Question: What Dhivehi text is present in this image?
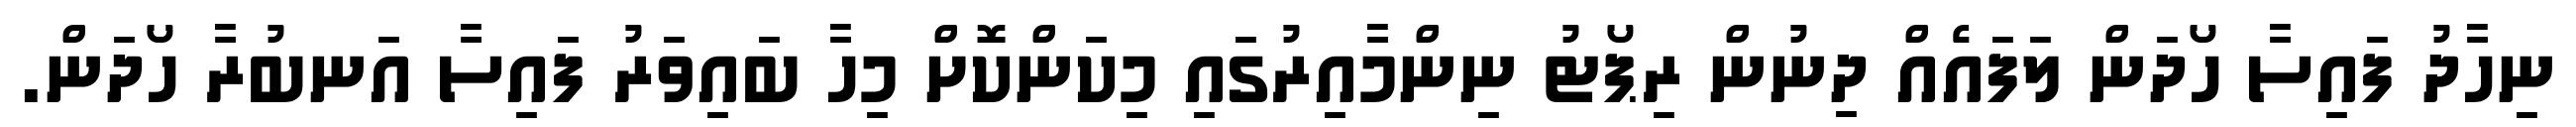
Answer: ނިހާދު ފައިސާ ހޯދަން ލަފައެއް ދިނުން ރިޕޯޓު ނިންމާއިރުގައި މިކަންކޮށް މިހާ ބައިވަރު ފައިސާ އަނބުރާ ހޯދަން.